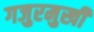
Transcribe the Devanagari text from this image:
गजुरमुखी